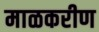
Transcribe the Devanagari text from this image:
माळकरीण